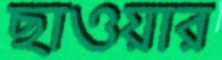
ছাওয়ার